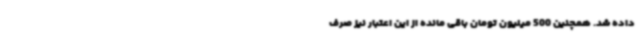
داده شد. همچنین 500 میلیون تومان باقی مانده از این اعتبار نیز صرف